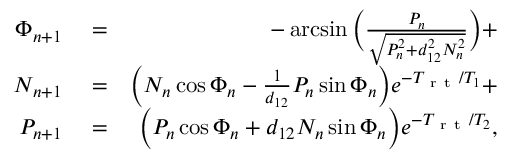
\begin{array} { r l r } { \Phi _ { n + 1 } } & { { } = } & { - \arcsin \Big ( \frac { P _ { n } } { \sqrt { P _ { n } ^ { 2 } + d _ { 1 2 } ^ { 2 } N _ { n } ^ { 2 } } } \Big ) + } \\ { N _ { n + 1 } } & { { } = } & { \Big ( N _ { n } \cos \Phi _ { n } - \frac { 1 } { d _ { 1 2 } } P _ { n } \sin \Phi _ { n } \Big ) e ^ { - T _ { \mathrm { ~ r ~ t ~ } } / T _ { 1 } } + } \\ { P _ { n + 1 } } & { { } = } & { \Big ( P _ { n } \cos \Phi _ { n } + d _ { 1 2 } N _ { n } \sin \Phi _ { n } \Big ) e ^ { - T _ { \mathrm { ~ r ~ t ~ } } / T _ { 2 } } , } \end{array}